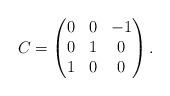
LaTeX: \begin{align*} C = \begin{pmatrix} 0 & 0 & -1 \\ 0 & 1 & 0 \\ 1 & 0 & 0 \end{pmatrix}.\end{align*}